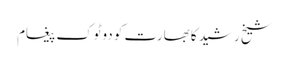
شیخ رشید کا بھارت کو دوٹوک پیغام